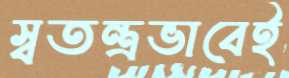
স্বতন্ত্রভাবেই